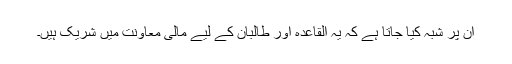
ان پر شبہ کیا جاتا ہے کہ یہ القاعدہ اور طالبان کے لیے مالی معاونت میں شریک ہیں۔